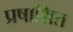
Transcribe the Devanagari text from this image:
प्रषाशित